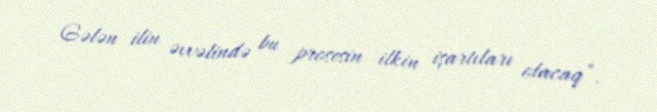
Gələn ilin əvvəlində bu prosesin ilkin işartıları olacaq”.